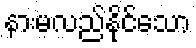
နားမလည်နိုင်သော